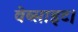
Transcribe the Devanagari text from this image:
वेब्साइट।